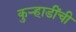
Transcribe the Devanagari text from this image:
कुऱ्हाडींची